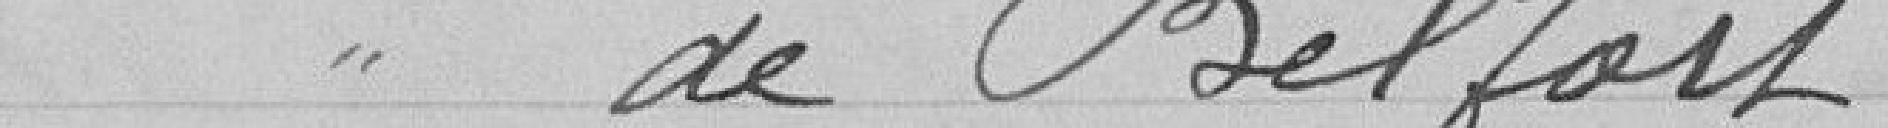
de Belfort